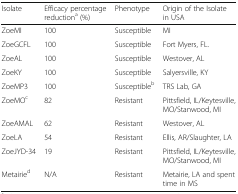
| Isolate | Efficacy percentage reductiona (%) | Phenotype | Origin of the Isolate in USA |
 | --- | --- | --- | --- |
 | ZoeMI | 100 | Susceptible | MI |
 | ZoeGCFL | 100 | Susceptible | Fort Myers, FL. |
 | ZoeAL | 100 | Susceptible | Westover, AL |
 | ZoeKY | 100 | Susceptible | Salyersville, KY |
 | ZoeMP3 | 100 | Susceptibleb | TRS Lab, GA |
 | ZoeMOc | 82 | Resistant | Pittsfield, IL/Keytesville, MO/Stanwood, MI |
 | ZoeAMAL | 62 | Resistant | Westover, AL |
 | ZoeLA | 54 | Resistant | Ellis, AR/Slaughter, LA |
 | ZoeJYD-34 | 19 | Resistant | Pittsfield, IL/Keytesville, MO/Stanwood, MI |
 | Metairied | N/A | Resistant | Metairie, LA and spent time in MS |